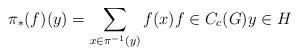
LaTeX: \begin{align*}\pi_*(f)(y) = \sum_{x \in \pi^{-1}(y)} f(x) f \in C_c(G) y \in H\end{align*}